[Report on the health of British troops in the Madras command]
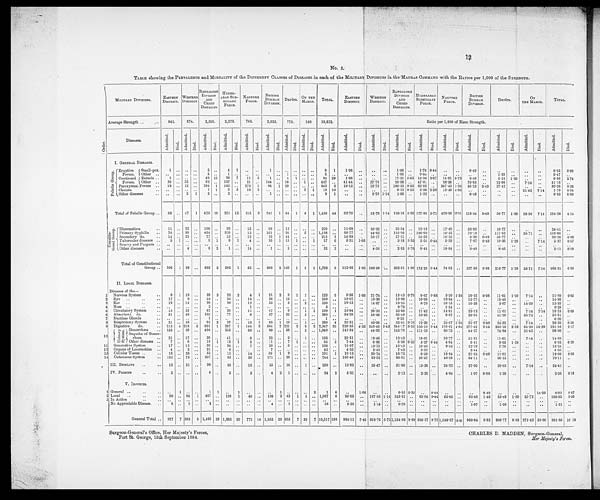
Surgeon-General's Office, Her Majesty's Forces,
CHARLES D. MADDEN, Surgeon-General,
Fort St. George, 15th September 1884.
H e r M a j e s t y ' s F o r c e s .
1 2
No. 3.
TABLE showing the PREVALENCE and MORTALITY of the DIFFERENT CLASSES of DISEASES in each of the MILITARY DIVISIONS in the MADRAS COMMAND with the RATIOS per 1,000 of the STRENGTH.
Or der .
MILITARY DIVISIONS.
EASTERN
DISTRICT.
WESTERN DISTRICT.
BANGALORE
DIVISION
AND
CEDED
DISTRICTS.
HYDER-
ABAD SUB-
SIDIARY
FORCE.
NAGPORE
FORCE.
BRITISH
BURMAH
DIVISION.
DEP ÔTS .
ON THE
MARCH. TOTAL.
EASTERN
DISTRICT.
WESTERN
DISTRICT.
BANGALORE
DIVISION
AND
CEDED
DISTRICTS.
HYDERABAD
SUBSIDIARY
FORCE.
NAGPORE FORCE.
BRITISH
BURMAH
DIVISION.
DEPÔTS.
ON
THE MARCH.
TOTAL.
Average Strength ..
..
941.
874.
2,830.
2,276.
743.
2,033.
775.
140.
10,612.
Ratio per 1,000 of Mean Strength.
Diseases.
Admi t t ed.
Died.
Admi t t e d.
Died.
Admi t t ed.
Died.
Admi t t ed.
Died.
Admi t t ed.
Died.
Admi t t ed.
Died.
Admi t t e d.
Died.
Admi t t ed.
Died.
Admi t t ed.
Died.
Admi t t ed.
Died.
Admi t t ed.
Died.
Admi t t ed.
Died.
Admi t t ed.
Died.
Admi t t ed.
Died.
Admi t t ed.
Died.
Admi t t ed.
Died.
Admi t t ed.
Died.
Admi t t ed.
Died.
I. GENERAL DISEASES.
F e b r i l e G r o u p .
Eruptive
F e v e r s .
Small-pox.
1
. .
. .
. .
3
. .
4 1
. .
. .
1
. . . .
. .
. .
. . 9 1
1 . 0 6
. .
. .
. . 1.06
. .
1 . 7 6
0 . 4 4
. .
. .
0 . 4 9
. .
. .
. .
. . . .
0.85
0 . 0 9
Others ..
..
. . ..
. .
3 ..
1
. .
. .
. .
. .
. . 1 . .
. .
. .
5
. .
. . . .
. .
. .
1 . 0 6 ..
0.44 ..
..
..
..
. .
1 . 2 9 ..
..
. .
0 . 4 7 ..
C o n t i n u e d
Fevers.
Enteric ..
1 .. .. ..
4 9 16
28 7
11 5
1 .. 4 1 .. ..
94 29
1 . 0 6
. .
. .
. . 17.31 5.65 12.30
3 . 0 7
1 4 . 8 1 6.73
0.49 ..
5.16 1.29
..
. .
8.86 2.74
Other ..
39 .. 33 ..
82 ..
107 ..
21 ..
144
. . 10 .. 1 .. 437 ..
4 1 . 4 4 ..
37.76 ..
28.98 .. 47.01 ..
2 8 . 2 6 ..
70.83 ..
1 2 . 9 0 ..
7 . 1 4 ..
41.18 ..
paroxysmal Fevers ..
1 8 .. 12 ..
284 1 143 ..
273 1
94 1 29 .. .. ..
853 3
19.13 ..
13.73 .. 100.35
0 . 3 5
6 2 . 8 3 .. 367.43 1.34 46.23
0 . 4 9
3 7 . 4 2 ..
. .
. .
8 0 . 3 8 0.28
Cholera ..
. . . . . .
. . 1 1
5 5
10 3
..
.. .. ..
3 1
19 10
..
. .
. .
. . 0.35 0.35 2.20
2 . 2 0 13.46 4.04
..
..
. .
..
21.42 7.14
1.79 0.94
Other diseases
. .
. .
. . 2 1
3
. .
3
. .
. .
. . 1
. . . .
. .
. .
. . 9 1
..
..
2.29 1.14 1.06 ..
1.32 ..
..
..
0.49
. .
. .
..
. .
. .
0.85 0.09
Total of Febrile Group ..
59 .. 47 1 425 18 291 13 315
9
241 1 44 1 4 1 1,426 44
62.70 ..
53.78 1.14 150.186.36 127.86 5.71 423.96
1 2 . 1 1
118.54 0.49
56.77 1.29 28.56 7.14 134.38 4.14
C o n s t i t u -
t i o n a l G r o u p . Rhenmatism
..
11 .. 23 ..
100
. .
30
. .
13 ..
69 .. 13 .. .. ..
259 ..
11.69 ..
26.32 ..
35.34 .. 13.18 ..
17.49 ..
33.93 ..
16.7
..
. .
. .
24.41 ..
Primary Syphilis
..
76 .. 39 ..
464 ..
320 ..
12 ..
161 .. 91 ..
5
. . 1,168 ..
80.77 ..
44.62 .. 163.96 .. 140.60 ..
16.15 ..
79.19 ..
117.42 ..
35.71
. . 110.06 ..
Secondary do.
..
14 .. 22 ..
77 ..
33 ..
12 ..
13 1 44 .. .. ..
215 1
14.88 ..
25.17 ..
27.21 .. 14.50 ..
16.15 ..
6.39 0.49
56.77 ..
..
..
20.26 0.09
Tubercular diseases ..
5 1 .. ..
9 1
8 1
4
. .
1 6 1
1 5
1
. . 1
5 7 6
5.31 1.06 ..
. .
3.18 0.35 3 .51 0.44
5.39 ..
7 .87 0.49
19.36 1 .29
..
7.14
5.37 0.57
Scurvy and Purpura ..
..
.. .. ..
..
..
..
..
. . . .
. .
. . . .
. .
. .
. .
. .
. .
. .
. . . .
. .
..
. . . .
. .
. .
. .
. .
. .
. . ..
. .
. .
. .
. .
Other diseases ..
. . . .
4 ..
8 2
1
. . 14
. .
1 ..
5 .. ..
. .
33 2
..
. .
4.58 ..
2.83 0.70 0.44 ..
18.84 ..
0.49 ..
6.45
. .
. .
. .
3.11 0.19
Total of Constitutional
Group .. 106 1 88 ..
658 3 392 1
55 ..
260
2
1 6 8
1 5 1 1,732 9 112.65 1.06 100.69 .. 232.51 1.06 172.23 0.44 74.02 .. 127.88 0.98 216.77 1.29 35.71 7.14 163.21 0.85
II. LOCAL DISEASES.
Diseases of the
―
1 Ne r vous Sys t e m . .
9 1 19 ..
38 2
22 2
4 1
21 2 9 1 1 ..
123 9
9.56 1.06 21.74 ..
13.43 0.70 9.67 0.88
5.39 1.34 10.33 0.98
11.61 1.29
7.14 ..
11.59 0.85
2 Eye ..
..
..
17 ..
9 ..
54 ..
25 ..
14 ..
28 .. 12
. .
. .
. . 159 ..
18.07 ..
10.30 ..
19.08 .. 10.98 ..
18.84 ..
13.77 ..
15.49 ..
. . . .
14.98 ..
3 Ear..
..
..
18 .. 13 ..
29 ..
20 ..
12 ..
33 ..
3 ..
2 ..
130 ..
19.13 ..
14.87 ..
10.25 ..
8.79 ..
16.15 ..
16.23 ..
3.87 ..
14.29 ..
12.25 ..
4 Nose ..
.. . .
. . ..
. .
. .
2
. .
. .
. .
1
. .
. .
. . . .
. .
. .
. .
3 ..
..
. .
. .
. . 0.70 ..
..
..
1.34
. .
. .
. . ..
..
..
. . 0.28 ..
5 Circulatory System
..
15 .. 23 ..
67 ..
26 ..
11 ..
47 ..
9 ..
1 1 199 1
15.94 ..
26.32 ..
23.68 .. 11.42 ..
14.81 ..
23.12 ..
11.61 ..
7.14 7.14
18.75 0.09
6 Absorbent do.
. .
51 .. 49 ..
103 ..
77 ..
6 ..
57 .. 32 ..
5 ..
380 ..
54.20
. . 56.06 ..
36.40 .. 33.83 ..
8.07 ..
28.04 ..
41.29 ..
35.72 ..
35.81 ..
7 Ductless Glands
. .
. .
. .
. .
. .
1 ..
..
..
..
. .
. .
. .
. .
. .
. .
. .
1 ..
..
. .
..
..
0.35
. .
. .
. .
. .
. .
. .
. .
. . ..
. . . .
0.09 ..
8 Respiratory System
..
21 .. 35 ..
92 2
28 ..
19 1
65 1 19 ..
1 ..
280 4
22.31 .. 40.05 ..
32.51 0.70 12.30 ..
25.57 1.34 31.97 0.49
24.52 ..
7.14 ..
26.39 0.38
9 Digestive
do.
.. 213 4 218 3 691 1 287 1 144 3 564 7 221 2 9 2 2,347 23 226.35 4.25 249.43 3.43 244.17 0.35 126.10 0.44 193.81 4.04 277.42 3.44 285.16 2.58 64.29 14.29 221.16 2.17
10 U r i n a r y S y s t e m .
Gonorrhœa
.. 133 .. 39 .. 404 ..
253 ..
60
. . 90
. . 58 ..
3 .. 1,040 .. 141.34 ..
44.62 .. 142.76 .. 111.16 ..
80.75 ..
44.27 ..
74.84 ..
21.43 ..
98.00 ..
Sequelæ of Gonor-
rhœa
..
21 .. 17 ..
38 ..
41
. .
8 ..
23 ..
9 ..
1 ..
158 ..
22.31 ..
19.45 ..
13.43 .. 18.01 ..
10.77 ..
11.31 ..
11.61 ..
7.14 ..
14.89 ..
Other diseases ..
7 .. 6 ..
18 1
12 1
3 ..
11 ..
7 1
. .
. . 64 3
7.44
. .
6.86 ..
6.36 0.35 5.27 0.44
4.04 ..
5.41 ..
9.03 1.29
..
..
6.03 0.28
11 Generative System
..
17
. . 12 ..
38 ..
24 ..
7 ..
26 ..
6
. .
. .
. . 130 ..
18.07
. . 13.73 ..
13.43 .. 10.55 ..
9.42 ..
12.79 ..
7.74
. .
. .
. . 12.25 ..
12 Organs of Locomotion ..
4 . . 3 ..
21
. .
8
. .
. .
. .
7
. . . .
. .
. .
. .
4 3 . .
4.25
. .
3.43 ..
7.42 ..
3.52 ..
..
..
3.44 ..
..
. .
. .
. . 4.05 ..
13 Cellular Tissue ..
..
18 .. 26 ..
53 ..
15 ..
14 ..
56
1 9 .. .. ..
191
1
19.13 ..
29.74 ..
18.73 ..
6.59 ..
18.84 ..
27.55 0.49
11.61 ..
. .
. .
18.00 0.09
14 Cutaneous System
.. 102 .. 73 ..
257 ..
83 ..
30 ..
171 .. 28 .. ..
. . 744 .. 108.40 ..
83.52 ..
90.81 .. 36.47 ..
40.38 ..
84.11 ..
36.13
. .
. .
. .
70.11
. .
III. DEBILITY
..
..
13 .. 31 ..
90 ..
35 ..
18 ..
55 .. 16 ..
1 ..
259 ..
13.82
. . 35.47 ..
31.80 .. 15.38 ..
24.22 ..
27.05 ..
20.65 ..
7.14 ..
24.41 ..
IV. POISONS
..
..
5
. .
. . . .
6
. .
5 ..
3 ..
4 2 1
. .
. .
. .
24 2
5.31 ..
. .
. . 2.12 ..
2.20 ..
4.04 ..
1.97 0.98
1.29
. .
. .
. .
2 . 2 6
0 . 1 9
V. INJURIES.
1 General ..
. . . .
. . 1
. . . .
1
1
. .
1
. .
. .
. .
1 .. .. ..
2
1
6
..
1 . 0 6 ..
..
0.35 0.35 .. 0.44
..
..
..
0.49
. .
. .
. . 14.29
0.09 0.57
2 Local
..
..
..
90 .. 94 1 407 ..
189 1
49 ..
190 3 43 1 5 .. 1,067 6
95.65 .. 107.55 1.14 143.81 .. 83.04 0.44 65.95 ..
93.46 1.48
55.48 1.29 35.72 ..
100.55 0.56
3 In Action
.. . .
. .
. .
. .
. .
. .
. .
. .
. .
. .
. .
. .
. .
. .
. .
. .
. .
. .
. .
. .
. .
. .
. .
. .
. .
. .
. .
. .
. .
. .
. .
. .
. .
. .
. .
. . . .
No Appreciable Disease.
..
8 ..
1 ..
2
. .
. . . .
. .
. .
4 ..
1 .. .. ..
16 ..
8.50
. . 1.14
. .
0 . 7 0
. .
. .
. .
. .
. . 1.97
. .
1.29
. .
. .
. .
1.51 ..
General Total .. 927 7 803 5 3,495 28 1,833 2
773 14 1,953 20 695 7 38 7 10,517 108 985.12 7.44 918.76
5 . 7 2 1,234.98 9.89 805.37
8 . 7 9 1,040.37 18.83
9 6 0 . 6 4 9.83 896.77 9.03 271.42 50.00 991.05 10.18